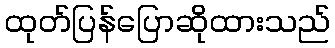
ထုတ်ပြန်ပြောဆိုထားသည်